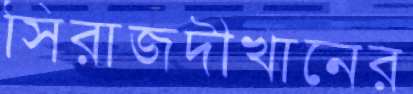
সিরাজদীখানের